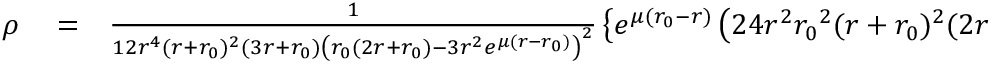
\begin{array} { r l r } { \rho } & { { } = } & { \frac { 1 } { 1 2 r ^ { 4 } ( r + { r _ { 0 } } ) ^ { 2 } ( 3 r + { r _ { 0 } } ) \left( { r _ { 0 } } ( 2 r + { r _ { 0 } } ) - 3 r ^ { 2 } e ^ { \mu ( r - { r _ { 0 } } ) } \right) ^ { 2 } } \left\lbrace e ^ { \mu ( { r _ { 0 } } - r ) } \left( 2 4 r ^ { 2 } { r _ { 0 } } ^ { 2 } ( r + { r _ { 0 } } ) ^ { 2 } ( 2 r \right. \right. } \end{array}